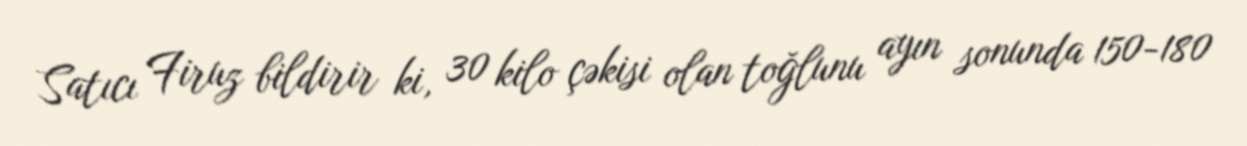
Satıcı Firuz bildirir ki, 30 kilo çəkisi olan toğlunu ayın sonunda 150-180